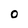
Character: O